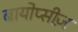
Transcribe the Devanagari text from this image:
बायोप्सीज़